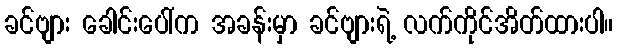
ခင်ဗျား ခေါင်းပေါ်က အခန်းမှာ ခင်ဗျားရဲ့ လက်ကိုင်အိတ်ထားပါ။